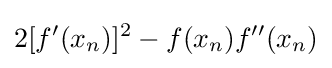
2[f'(x_{n})]^{2}-f(x_{n})f''(x_{n})